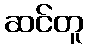
ဆင်တူ